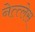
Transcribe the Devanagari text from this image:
नेत्त्लेस